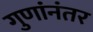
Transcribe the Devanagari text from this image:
गुणांनंतर